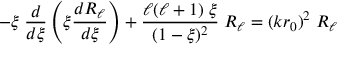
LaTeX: - \xi \; { \frac { d } { d \xi } } \left( \xi { \frac { d R _ { \ell } } { d \xi } } \right) + { \frac { \ell ( \ell + 1 ) \; \xi } { ( 1 - \xi ) ^ { 2 } } } \; R _ { \ell } = ( k r _ { 0 } ) ^ { 2 } \; R _ { \ell }